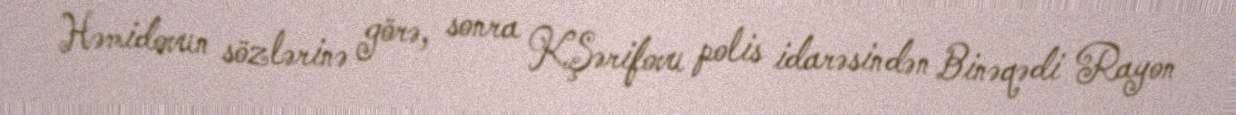
Həmidovun sözlərinə görə, sonra K.Şərifovu polis idarəsindən Binəqədi Rayon